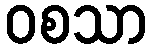
ဝစသာ